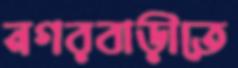
নগরবাড়ীতে